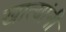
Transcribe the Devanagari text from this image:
खात्यांनी